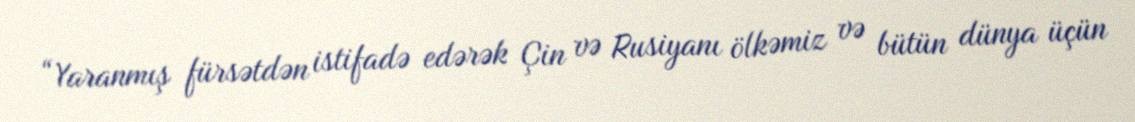
“Yaranmış fürsətdən istifadə edərək Çin və Rusiyanı ölkəmiz və bütün dünya üçün